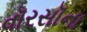
વૉરસૉના